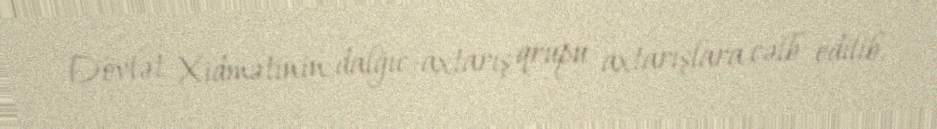
Dövlət Xidmətinin dalğıc-axtarış qrupu axtarışlara cəlb edilib.